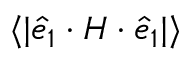
\langle | \boldsymbol { \hat { e } } _ { 1 } \cdot \boldsymbol { H } \cdot \boldsymbol { \hat { e } } _ { 1 } | \rangle